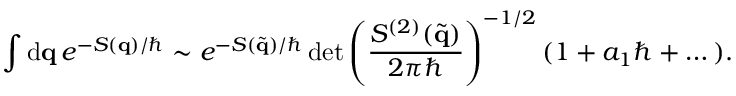
\int \mathrm { d } \mathbf { q } \, e ^ { - S ( \mathbf { q } ) / \hbar } \sim e ^ { - S ( \tilde { \mathbf { q } } ) / \hbar } \operatorname* { d e t } \left( \frac { S ^ { ( 2 ) } ( \tilde { \mathbf { q } } ) } { 2 \pi \hbar } \right) ^ { - 1 / 2 } ( 1 + a _ { 1 } \hbar + \dots ) .